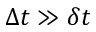
\Delta t \gg \delta t